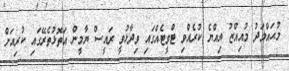
މުޙައްމަދު މުއިއްޒު އިއްޔެ ކުރެއްވި ޓްވީޓެއްގައި ވިދާޅުވީ ރައީސް ޔާމީން އަތޮޅުތެރޭގައި ކުރިއަށް